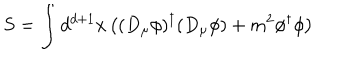
S = \int d ^ { d + 1 } x \left( ( D _ { \mu } \phi ) ^ { \dagger } ( D _ { \mu } \phi ) + m ^ { 2 } \phi ^ { \dagger } \phi \right) \,